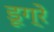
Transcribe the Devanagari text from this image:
डूग्रे